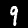
Digit: 9